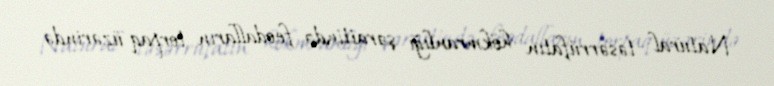
Natural təsərrüfatın hökmranlığı şəraitində feodalların torpaq üzərində